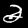
Digit: 2